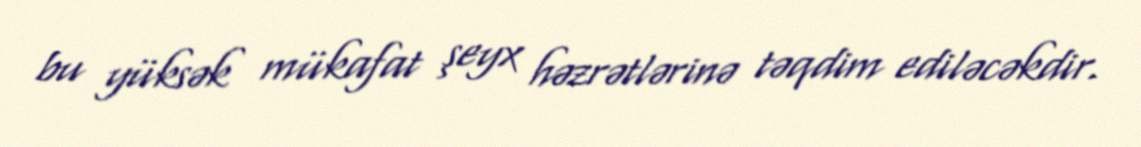
bu yüksək mükafat şeyx həzrətlərinə təqdim ediləcəkdir.